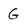
Character: G